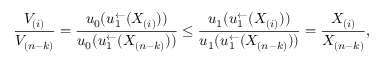
\frac { V _ { ( i ) } } { V _ { ( n - k ) } } = \frac { u _ { 0 } ( u _ { 1 } ^ { \leftarrow } ( X _ { ( i ) } ) ) } { u _ { 0 } ( u _ { 1 } ^ { \leftarrow } ( X _ { ( n - k ) } ) ) } \le \frac { u _ { 1 } ( u _ { 1 } ^ { \leftarrow } ( X _ { ( i ) } ) ) } { u _ { 1 } ( u _ { 1 } ^ { \leftarrow } ( X _ { ( n - k ) } ) ) } = \frac { X _ { ( i ) } } { X _ { ( n - k ) } } ,